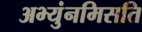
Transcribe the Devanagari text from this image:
अभ्युंनमिसति